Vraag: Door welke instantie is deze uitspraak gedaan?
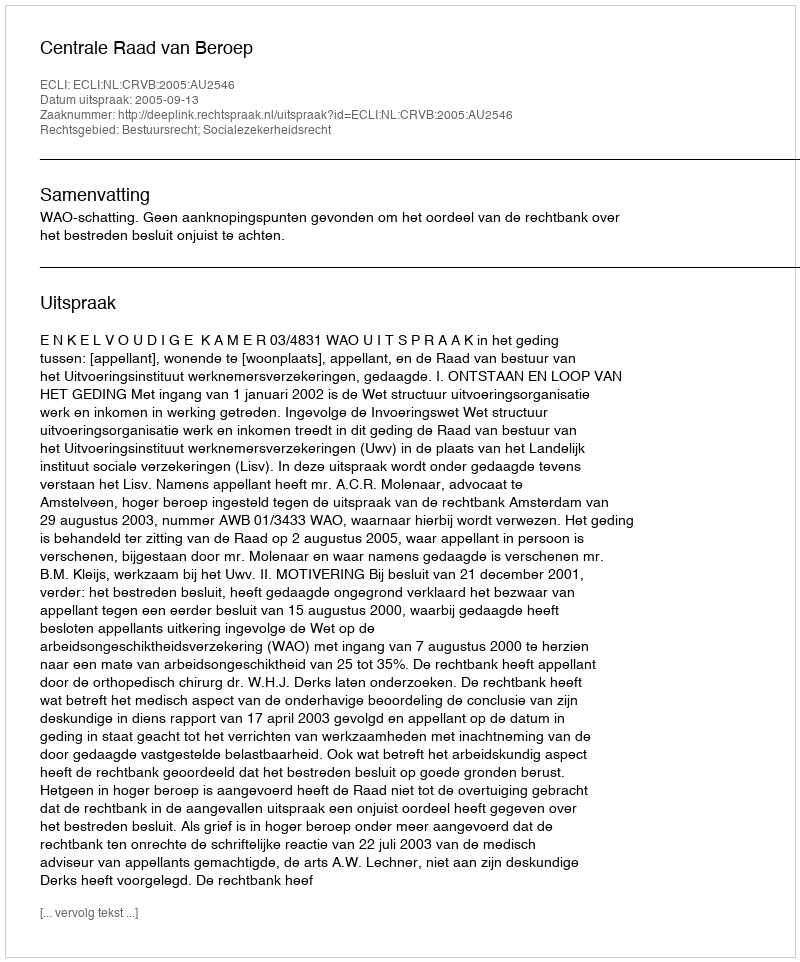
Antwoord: Centrale Raad van Beroep